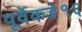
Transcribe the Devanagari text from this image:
पूर्वेकडे१६